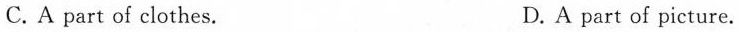
C. A part of clothes. D. A part of picture.